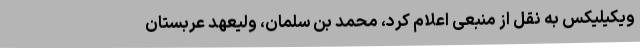
ویکیلیکس به نقل از منبعی اعلام کرد، محمد بن سلمان، ولیعهد عربستان